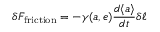
\delta F _ { \mathrm { f r i c t i o n } } = - \gamma ( a , e ) \frac { d \langle a \rangle } { d t } \delta \ell